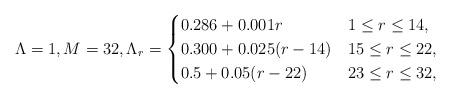
LaTeX: \begin{align*}\Lambda = 1, M = 32, \Lambda_r = \begin{cases} 0.286+0.001r & 1 \leq r \leq 14, \\0.300 + 0.025(r-14) & 15 \leq r \leq 22, \\0.5 + 0.05(r-22) & 23 \leq r \leq 32, \end{cases}\end{align*}